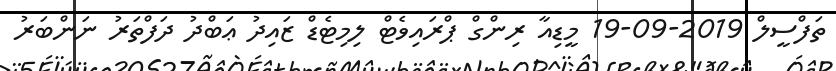
ތަފްސީލް 2019-09-19 މީޑިއާ ރިންގް ޕްރައިވެޓް ލިމިޓެޑް ޒައިދު ޢަބްދު ދަފްތަރު ނަންބަރު